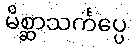
မိစ္ဆာသင်္ကပ္ပေ